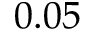
0 . 0 5